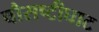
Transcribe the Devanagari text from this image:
चौसष्टीघाट